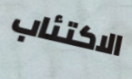
الاكتئاب